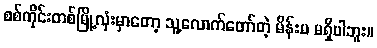
စစ်ကိုင်းတစ်မြို့လုံးမှာတော့ သူ့လောက်တော်တဲ့ မိန်းမ မရှိပါဘူး။